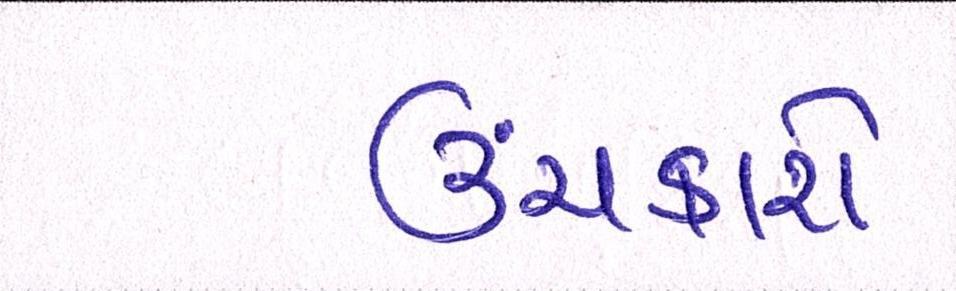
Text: ઉંચકાશે